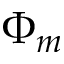
\Phi _ { m }